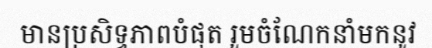
មានប្រសិទ្ធភាពបំផុត រួមចំណែកនាំមកនូវ